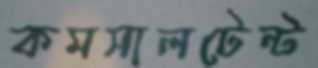
কমসালটেন্ট